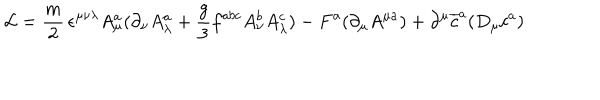
LaTeX: { \cal L } = { \frac { m } { 2 } } \, \epsilon ^ { \mu \nu \lambda } A _ { \mu } ^ { a } ( \partial _ { \nu } A _ { \lambda } ^ { a } + { \frac { g } { 3 } } f ^ { a b c } A _ { \nu } ^ { b } A _ { \lambda } ^ { c } ) - F ^ { a } ( \partial _ { \mu } A ^ { \mu a } ) + \partial ^ { \mu } \overline { { { c } } } ^ { a } ( D _ { \mu } c ^ { a } )